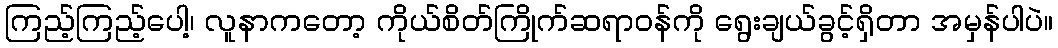
ကြည့်ကြည့်ပေါ့၊ လူနာကတော့ ကိုယ်စိတ်ကြိုက်ဆရာဝန်ကို ရွေးချယ်ခွင့်ရှိတာ အမှန်ပါပဲ။